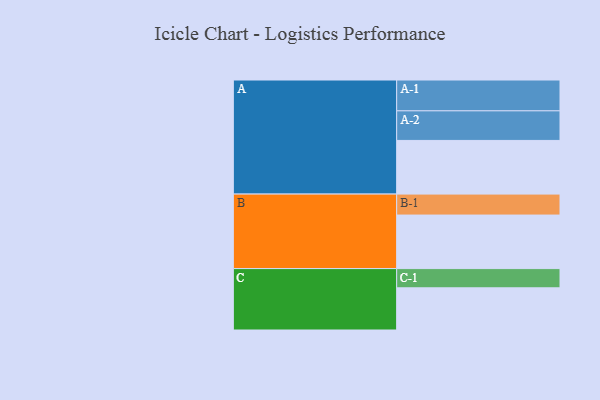
{"axis": {"x": "Segment", "y": "Value"}, "legend": ["", "A", "B", "C"], "data": [{"x": "A", "y": 435, "type": ""}, {"x": "B", "y": 434, "type": ""}, {"x": "C", "y": 342, "type": ""}, {"x": "A-1", "y": 250, "type": "A"}, {"x": "A-2", "y": 240, "type": "A"}, {"x": "B-1", "y": 170, "type": "B"}, {"x": "C-1", "y": 156, "type": "C"}]}